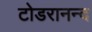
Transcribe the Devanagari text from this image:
टोडरानन्द